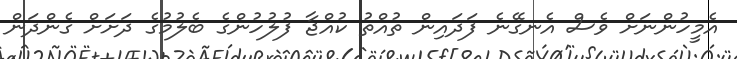
އެމީހުންނަށް ވެސް އެނގޭނެ ފަދައިން ތުއްތު ކުއްޖާ ފުލުހުންގެ ބެލުމުގެ ދަށަށް ގެންދަން